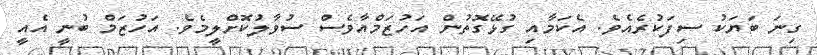
ގިނަ ބަޔަކު ސިފަކުރެއެވެ. އެކަމާއި ގުޅޭގޮތުން އަހުޒަމްއާވެސް ސުވާލުކޮށްލީމެވެ. އަހުޒަމް ބުނީ އެއީ